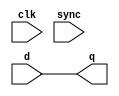
// This program was cloned from: https://github.com/verimake-team/SparkRoad-V
// License: MIT License

//------------------------------------------------------------------------------
// The confidential and proprietary information contained in this file may
// only be used by a person authorised under and to the extent permitted
// by a subsisting licensing agreement from ARM Limited.
//
//            (C) COPYRIGHT 2008-2010 ARM Limited.
//                ALL RIGHTS RESERVED
//
// This entire notice must be reproduced on all copies of this file
// and copies of this file may only be made by a person if such person is
// permitted to do so under the terms of a subsisting license agreement
// from ARM Limited.
//------------------------------------------------------------------------------
// Version and Release Control Information:
//
// File Revision       :  7369 
// File Date           :  2010-04-27 20:30:45 +0530 (Tue, 27 Apr 2010) 
// Release Information : Cortex-M0 DesignStart-r2p0-00rel0
//------------------------------------------------------------------------------
//  Purpose : This is a cdc corruption block.
//            It is a non-functional verification block that (when enabled)
//            corrupts the any bit of the data for the next two clock edges.
//            after any change. It is intended to help prove that handshake 
//            mechanisms surrounding the data are all working as expected.
//------------------------------------------------------------------------------

module cxapbasyncbridge_cdc_corrupt (
  clk, 
  sync,
  d,
  q
  );

  parameter WIDTH = 1;
  
  // ------------------------------------------------------
  // port declaration
  // ------------------------------------------------------
  input               clk; 
  input               sync;
  input  [WIDTH-1:0]  d;
  output [WIDTH-1:0]  q;

  // -------------------------------------------
  // reg/wire declarations
  // ------------------------------------------------------

`ifdef ARM_CDC_CHECK

  wire                  change;
  reg      [WIDTH-1:0]  d_latch;
  wire     [WIDTH-1:0]  out;
  reg      p1;
  reg      p2;


  //Set the appropriate output based on sync
  assign q = (sync) ? d : out;

  //Latch to detect change on incoming data 
  always @(d)
     d_latch <= d;

  //Create delta cycle pulse to reset pipeline on change
  assign change = (d !== d_latch);   

  //Pipeline is reset to 1s on any change in data
  //Data should be corrupted until the pipeline is clear
  always @(posedge clk or posedge change)
    begin 
       if (change) begin
          p1 <= 1'b1;
          p2 <= 1'b1;
       end else begin
          p1 <= 1'b0;
          p2 <= p1;
       end
    end

  //Corrupt data while there is something in the pipeline 
  assign out = (p2) ? {WIDTH{1'bz}} : d;

`else

  assign q = d;

`endif  
endmodule